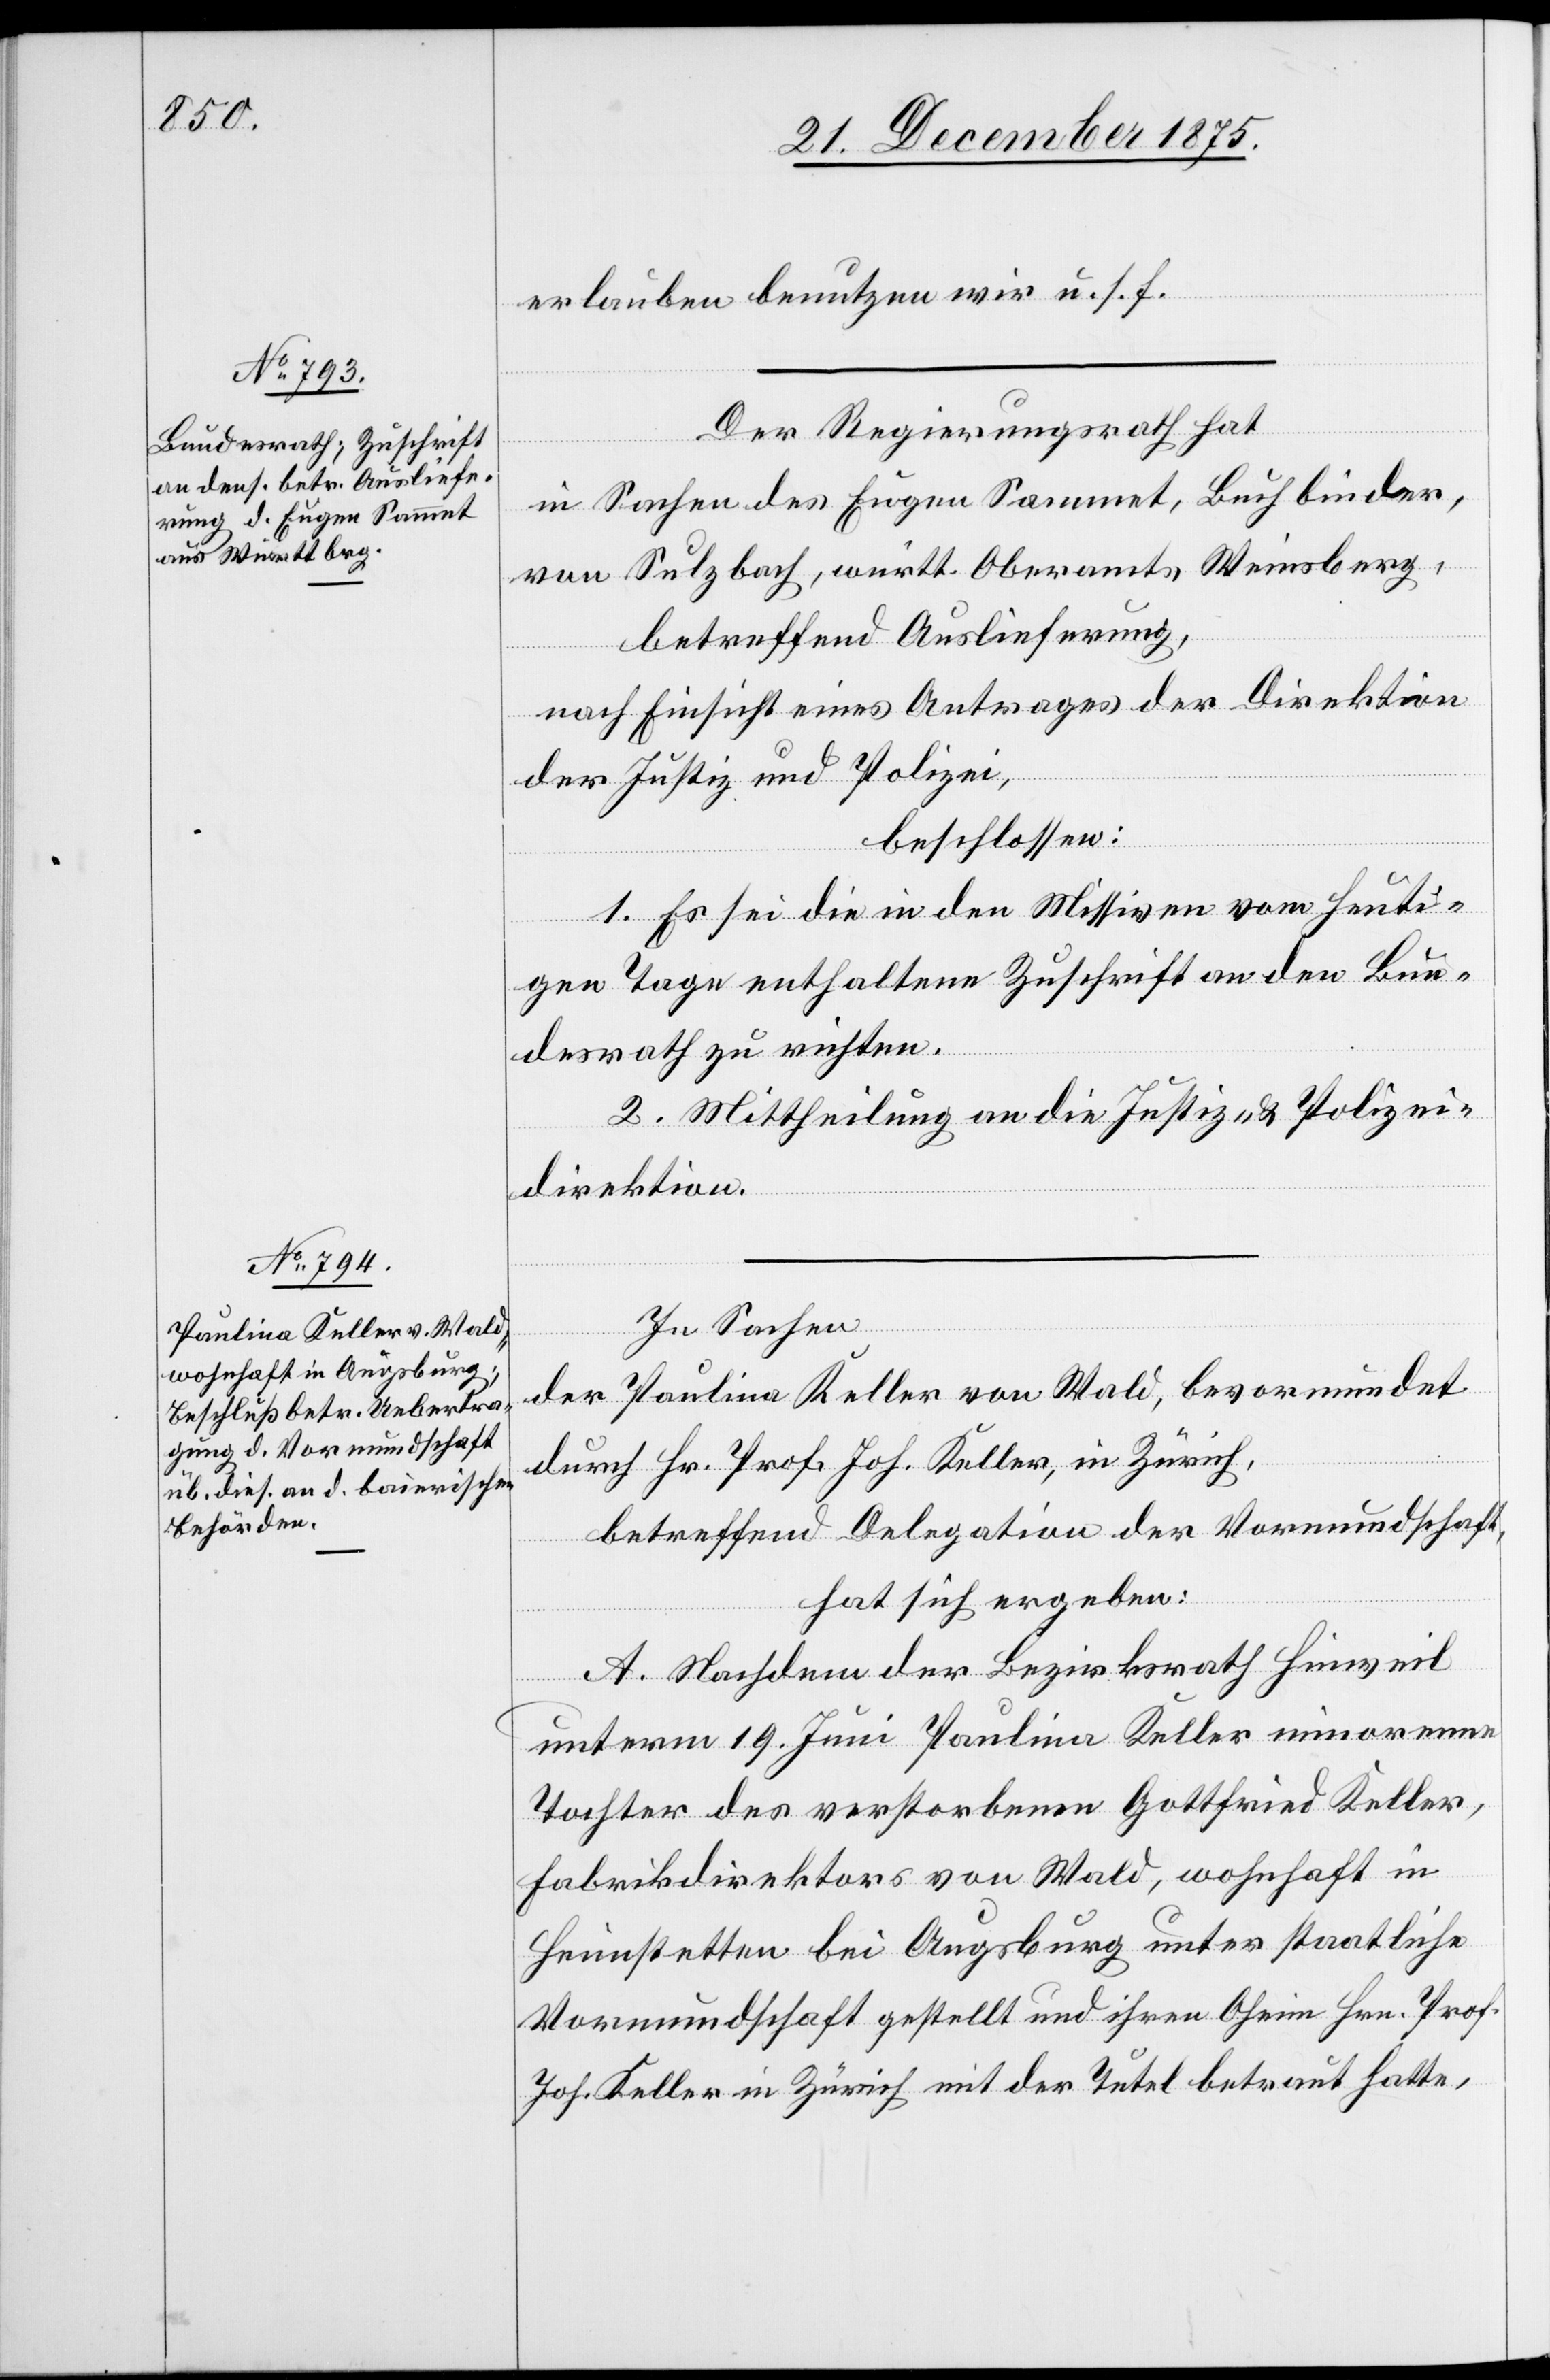
erlauben[,] benutzen wir u. s. f.
Der Regierungsrath hat
in Sachen des Eugen Sammet, Buchbinder,
von Sulzbach, württ. Oberamts Weinsberg,
betreffend Auslieferung,
nach Einsicht eines Antrages der Direktion
der Justiz und Polizei,
beschlossen:
1. Es sei die in den Missiven vom heuti¬
gen Tage enthaltene Zuschrift an den Bun¬
desrath zu richten.
2. Mittheilung an die Justiz- und Polizei¬
direktion.
In Sachen
der Paulina Keller von Wald, bevormundet
durch Hr. Prof. Joh. Keller, in Zürich,
betreffend Delegation der Vormundschaft,
hat sich ergeben:
A. Nachdem der Bezirksrath Hinweil
unterm 19. Juni Paulina Keller minorenne
Tochter des verstorbenen Gottfried Keller,
Fabrikdirektors von Wald, wohnhaft in
Heimstetten bei Augsburg unter staatliche
Vormundschaft gestellt und ihren Oheim Hrn. Prof.
Joh. Keller in Zürich mit der Tutel betraut hatte,